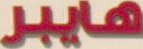
هايبر